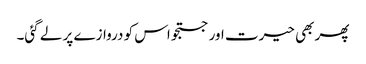
پھر بھی حیرت اور جستجو اس کو دروازے پر لے گئی۔